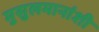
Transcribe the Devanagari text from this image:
मुसुलमानांशी